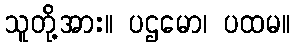
သူတို့အား။ ပဌမော၊ ပထမ။